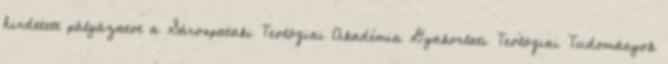
hirdetett pályázatot a Sárospataki Teológiai Akadémia Gyakorlati Teológiai Tudományok